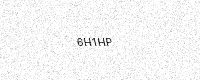
Text: 6H1HP